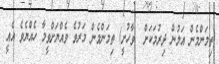
(ތިމަންމެން އަލުން ދިރުމަކަށް  ވާހުށީ) ތިމަންމެން މަރުވެ ވެއްޔަށްވީމާ ހެއްޔެވެ އެއީ